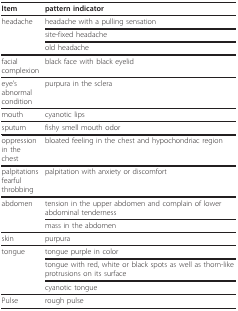
<table><thead><tr><td><b>Item</b></td><td><b>pattern indicator</b></td></tr></thead><tbody><tr><td>headache</td><td>headache with a pulling sensation</td></tr><tr><td></td><td>site-fixed headache</td></tr><tr><td></td><td>old headache</td></tr><tr><td>facialcomplexion</td><td>black face with black eyelid</td></tr><tr><td>eye&#x27;sabnormalcondition</td><td>purpura in the sclera</td></tr><tr><td>mouth</td><td>cyanotic lips</td></tr><tr><td>sputum</td><td>fishy smell mouth odor</td></tr><tr><td>oppressionin the chest</td><td>bloated feeling in the chest and hypochondriac region</td></tr><tr><td>palpitationsfearfulthrobbing</td><td>palpitation with anxiety or discomfort</td></tr><tr><td>abdomen</td><td>tension in the upper abdomen and complain of lower abdominal tenderness</td></tr><tr><td></td><td>mass in the abdomen</td></tr><tr><td>skin</td><td>purpura</td></tr><tr><td>tongue</td><td>tongue purple in color</td></tr><tr><td></td><td>tongue with red, white or black spots as well as thorn-like protrusions on its surface</td></tr><tr><td></td><td>cyanotic tongue</td></tr><tr><td>Pulse</td><td>rough pulse</td></tr></tbody></table>